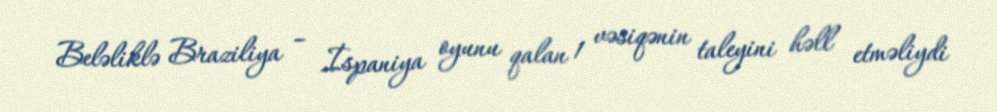
Beləliklə Braziliya – İspaniya oyunu qalan 1 vəsiqənin taleyini həll etməliydi